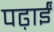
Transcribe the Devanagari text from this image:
पढ़ाईं